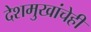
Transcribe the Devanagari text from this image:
देशमुखांचेही